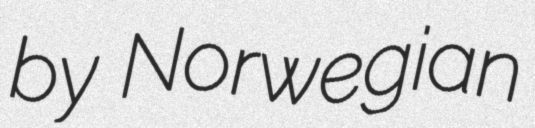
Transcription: by Norwegian